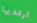
ارتديها